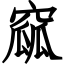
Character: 窳